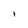
Character: 1